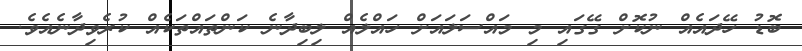
ބޮޑު ހޭދައެއް ނުކޮށް ގޭގައި މި މައްސަލައަށް ހައްލެއް ލިބިދާނެ ކަންތައްތަކެއް ކުރެވިދާނެއެވެ.